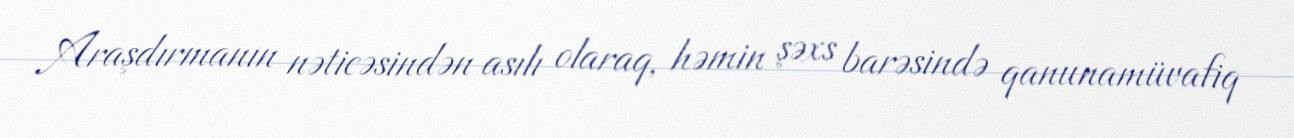
Araşdırmanın nəticəsindən asılı olaraq, həmin şəxs barəsində qanunamüvafiq